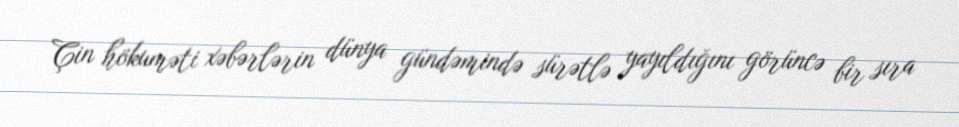
Çin hökuməti xəbərlərin dünya gündəmində sürətlə yayıldığını görüncə bir sıra